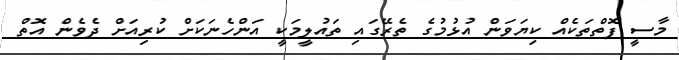
މާސީ ފޮތްތަކެއް ކިޔަވަން އުޅުމުގެ ތެރޭގައި ތައުލީމަކީ އަންހެނަކަށް ކުރިއަށް ދެވެން އޮތް